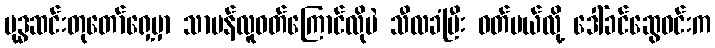
ဗုဒ္ဓဆင်းတုတော်ရှေ့မှာ သာမန်လူဝတ်ကြောင်လိုပဲ သီလခံပြီး ဝတ်မယ်လို့ ဒေါ်ခင်ဆွေဝင်းက